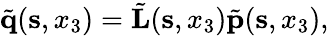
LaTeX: \begin{array}{r}{\tilde{\mathbf q}({\mathbf s},x_{3})=\tilde{\mathbf L}({\mathbf s},x_{3})\tilde{\mathbf p}({\mathbf s},x_{3}),}\end{array}